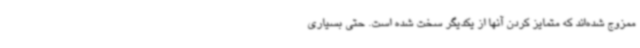
ممزوج شده‌اند که متمایز کردن آنها از یکدیگر سخت شده است. حتی بسیاری